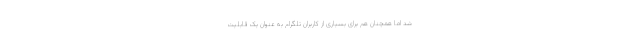
شد اما همچنان هم برای بسیاری از کاربران تلگرام به عنوان یک قابلیت